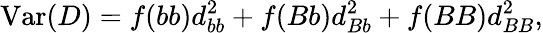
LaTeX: \mathrm{Var}(D)=f(bb)d_{bb}^{2}+f(Bb)d_{Bb}^{2}+f(BB)d_{BB}^{2},